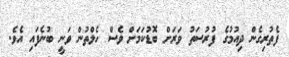
ފެތުރިގެން ދިއުމުގެ ފުރުސަތު ވަރަށް ބޮޑުކަމަށް ވެސް ހެލްތުން ވަނީ ބުނެފައި އެވެ.